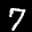
Label: 7